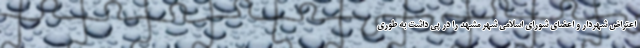
اعتراض شهردار و اعضای شورای اسلامی شهر مشهد را در پی داشت به طوری